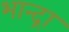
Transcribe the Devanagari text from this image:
भान्द्रा